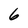
Character: 6